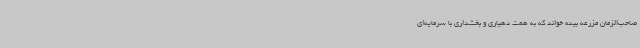
صاحب‌الزمان مزرعه بیده خواند که به همت دهیاری و بخشداری با سرمایه‌ای